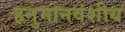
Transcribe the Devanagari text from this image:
हनुमानवंशीय